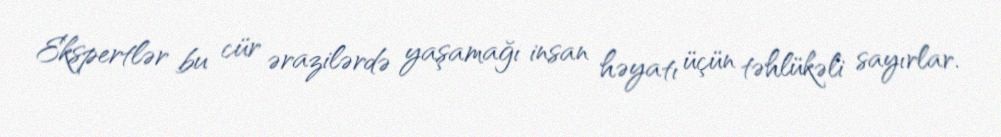
Ekspertlər bu cür ərazilərdə yaşamağı insan həyatı üçün təhlükəli sayırlar.